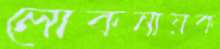
লোকনায়ক